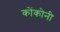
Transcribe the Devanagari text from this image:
कोंकोनी